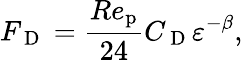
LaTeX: {F_{\mathrm{~D~}}}=\frac{Re_{\mathrm{p}}}{24}{C_{\mathrm{~D~}}}\varepsilon^{-\beta},